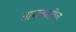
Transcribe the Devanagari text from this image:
ताफयातील